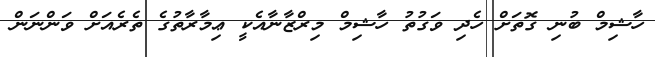
ހާޝިމް ބުނި ގޮތަށް ހެދި ވަގުތު ހާޝިމް މިރްޒާނާއެކީ ޢިމާރާތުގެ ތެރެއަށް ވަންނަން